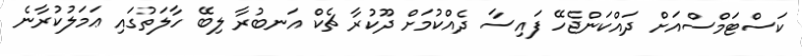
ކަސްޓަމްސްއަށް ދައްކަންޖެހޭ ފައިސާ ދެއްކުމަށް ދޫކުރާ ޗެކް އަނބުރާ ލިބޭ ހާލަތުގައި ޢަމަލުކުރާނެ